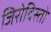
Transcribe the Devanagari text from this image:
जिरोदिस्तो